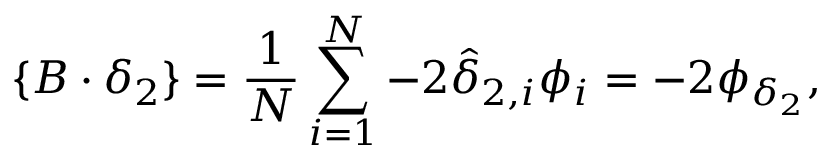
\{ B \cdot \delta _ { 2 } \} = \frac { 1 } { N } \sum _ { i = 1 } ^ { N } - 2 \hat { \delta } _ { 2 , i } \phi _ { i } = - 2 \phi _ { \delta _ { 2 } } ,